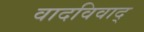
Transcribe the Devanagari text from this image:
वादविवाद्